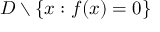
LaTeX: D \smallsetminus \{ x : f ( x ) = 0 \}